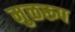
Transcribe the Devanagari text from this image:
मुळरूप